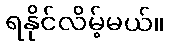
ရနိုင်လိမ့်မယ်။